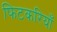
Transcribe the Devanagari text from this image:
फिटकरियाँ